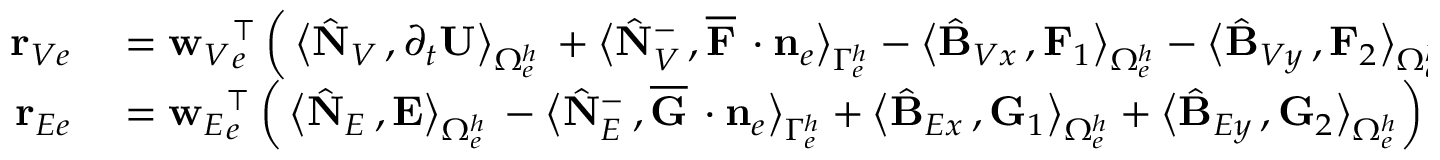
\begin{array} { r l } { { \bf r } _ { V e } } & { { } = { { \bf w } _ { V } } _ { e } ^ { \top } \left( \, \big \langle \hat { \bf N } _ { V } \, , \partial _ { { t } } { \bf U } \big \rangle _ { \Omega _ { e } ^ { h } } \, + \big \langle \hat { \bf N } _ { V } ^ { - } \, , \overline { { { \bf F } } } \, \cdot { { \bf n } } _ { e } \big \rangle _ { \Gamma _ { e } ^ { h } } - \big \langle \hat { \bf B } _ { V x } \, , { \bf F } _ { 1 } \big \rangle _ { \Omega _ { e } ^ { h } } - \big \langle \hat { \bf B } _ { V y } \, , { \bf F } _ { 2 } \big \rangle _ { \Omega _ { e } ^ { h } } \right. } \\ { { \bf r } _ { E e } } & { { } = { { \bf w } _ { E } } _ { e } ^ { \top } \left( \, \big \langle \hat { \bf N } _ { E } \, , { \bf E } \big \rangle _ { \Omega _ { e } ^ { h } } \, - \big \langle \hat { \bf N } _ { E } ^ { - } \, , \overline { { { \bf G } } } \, \cdot { { \bf n } } _ { e } \big \rangle _ { \Gamma _ { e } ^ { h } } + \big \langle \hat { \bf B } _ { E x } \, , { \bf G } _ { 1 } \big \rangle _ { \Omega _ { e } ^ { h } } + \big \langle \hat { \bf B } _ { E y } \, , { \bf G } _ { 2 } \big \rangle _ { \Omega _ { e } ^ { h } } \right) = { { \bf w } _ { E } } _ { e } ^ { \top } { \bf R } _ { E e } = { \bf 0 } \, , } \end{array}